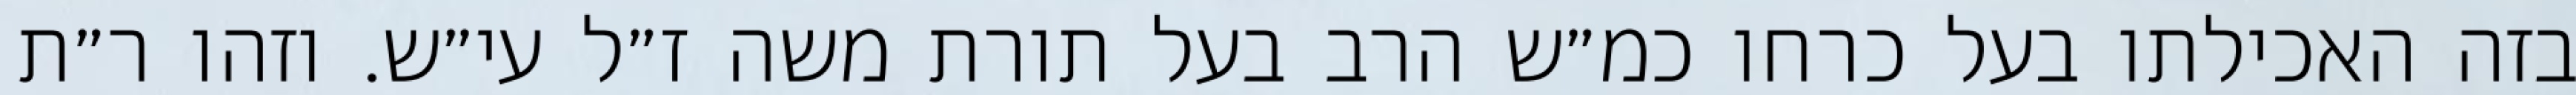
בזה האכילתו בעל כרחו כמ״ש הרב בעל תורת משה ז״ל עי״ש. וזהו ר״ת